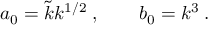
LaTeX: a _ { 0 } = \tilde { k } k ^ { 1 / 2 } \; , \qquad b _ { 0 } = k ^ { 3 } \; .